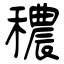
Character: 穠